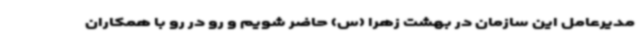
مدیرعامل این سازمان در بهشت زهرا (س) حاضر شویم و رو در رو با همکاران